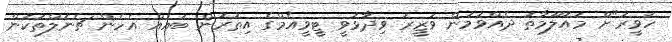
ހަވީރަ"ށް މައުލޫމާތު ދެއްވަމުން ވަޒީރު ވިދާޅުވީ ޓީވީއެމްގެ އިތުރުން ބައެއް އެހެން ޗެނަލްތަކުން